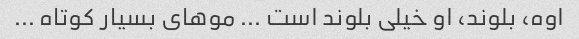
اوه، بلوند، او خیلی بلوند است ... موهای بسیار کوتاه ...